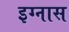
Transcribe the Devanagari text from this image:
इग्नास